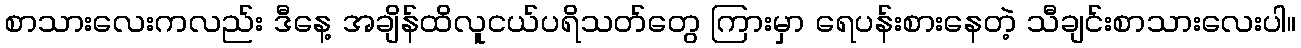
စာသားလေးကလည်း ဒီနေ့ အချိန်ထိလူငယ်ပရိသတ်တွေ ကြားမှာ ရေပန်းစားနေတဲ့ သီချင်းစာသားလေးပါ။